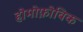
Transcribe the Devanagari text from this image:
होमोफ़ोबिक